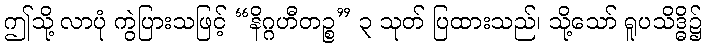
ဤသို့ လာပုံ ကွဲပြားသဖြင့် “နိဂ္ဂဟီတဉ္စ” ၃ သုတ် ပြထားသည်၊ သို့သော် ရူပသိဒ္ဓိ၌